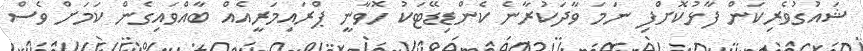
ޝައުގުވެރިކަން ފާޅުކޮށްފި ނަމަ ވާދަކުރާނެ ކެންޑިޑޭޓަކު ހޮވާނީ ޕްރައިމަރީއެއް ބާއްވައިގެން ކަމަށް ވެސް